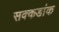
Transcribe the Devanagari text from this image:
सक्कडांक